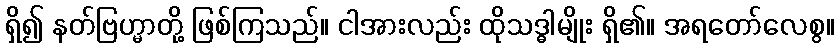
ရှိ၍ နတ်ဗြဟ္မာတို့ ဖြစ်ကြသည်။ ငါအားလည်း ထိုသဒ္ဓါမျိုး ရှိ၏။ အရတော်လေစွ။